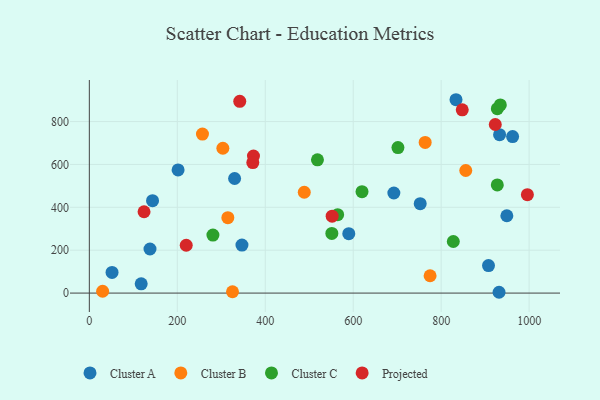
{"axis": {"x": "Investment", "y": "Sales"}, "legend": ["Cluster A", "Cluster B", "Cluster C", "Projected"], "data": [{"x": "589.9", "y": 277.2, "type": "Cluster A"}, {"x": "117.9", "y": 43.4, "type": "Cluster A"}, {"x": "931.6", "y": 3.8, "type": "Cluster A"}, {"x": "692.4", "y": 466.7, "type": "Cluster A"}, {"x": "752.3", "y": 417.1, "type": "Cluster A"}, {"x": "962.4", "y": 730.1, "type": "Cluster A"}, {"x": "833.7", "y": 901.8, "type": "Cluster A"}, {"x": "137.9", "y": 205.7, "type": "Cluster A"}, {"x": "330.3", "y": 534.3, "type": "Cluster A"}, {"x": "51.6", "y": 96.2, "type": "Cluster A"}, {"x": "143.7", "y": 430.9, "type": "Cluster A"}, {"x": "949.3", "y": 360.8, "type": "Cluster A"}, {"x": "932.8", "y": 739.0, "type": "Cluster A"}, {"x": "201.8", "y": 574.4, "type": "Cluster A"}, {"x": "347.0", "y": 223.9, "type": "Cluster A"}, {"x": "907.6", "y": 128.2, "type": "Cluster A"}, {"x": "30.2", "y": 8.5, "type": "Cluster B"}, {"x": "303.6", "y": 675.5, "type": "Cluster B"}, {"x": "774.8", "y": 80.8, "type": "Cluster B"}, {"x": "763.6", "y": 702.8, "type": "Cluster B"}, {"x": "257.2", "y": 741.4, "type": "Cluster B"}, {"x": "325.5", "y": 6.3, "type": "Cluster B"}, {"x": "314.9", "y": 351.9, "type": "Cluster B"}, {"x": "855.9", "y": 571.7, "type": "Cluster B"}, {"x": "488.7", "y": 470.4, "type": "Cluster B"}, {"x": "551.4", "y": 278.1, "type": "Cluster C"}, {"x": "518.7", "y": 621.4, "type": "Cluster C"}, {"x": "701.7", "y": 678.7, "type": "Cluster C"}, {"x": "281.0", "y": 270.4, "type": "Cluster C"}, {"x": "927.6", "y": 504.6, "type": "Cluster C"}, {"x": "927.7", "y": 860.1, "type": "Cluster C"}, {"x": "934.5", "y": 877.5, "type": "Cluster C"}, {"x": "827.6", "y": 240.6, "type": "Cluster C"}, {"x": "564.6", "y": 365.6, "type": "Cluster C"}, {"x": "620.0", "y": 472.8, "type": "Cluster C"}, {"x": "220.3", "y": 223.0, "type": "Projected"}, {"x": "847.9", "y": 854.9, "type": "Projected"}, {"x": "373.2", "y": 638.9, "type": "Projected"}, {"x": "371.7", "y": 608.6, "type": "Projected"}, {"x": "552.1", "y": 358.6, "type": "Projected"}, {"x": "342.0", "y": 894.4, "type": "Projected"}, {"x": "923.0", "y": 786.2, "type": "Projected"}, {"x": "996.0", "y": 459.2, "type": "Projected"}, {"x": "124.4", "y": 379.4, "type": "Projected"}]}